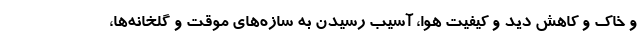
و خاک و کاهش دید و کیفیت هوا، آسیب رسیدن به سازه‌های موقت و گلخانه‌ها،